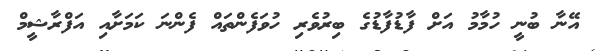
އޭނާ ބުނީ ހުމާމު އަށް ފާޑުފާޑުގެ ބިރުވެރި ހުވަފެންތައް ފެންނަ ކަމަށާއި އަފްރާޝީމް